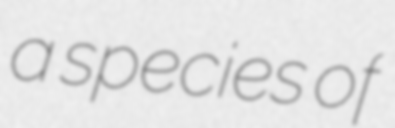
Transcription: a species of